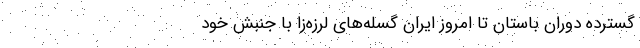
گسترده دورانِ باستان تا امروزِ ایران گسله‌های لرزه‌زا با جنبش خود